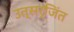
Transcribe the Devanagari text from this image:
उत्सर्जिंत